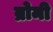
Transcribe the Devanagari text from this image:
ब्रोमी